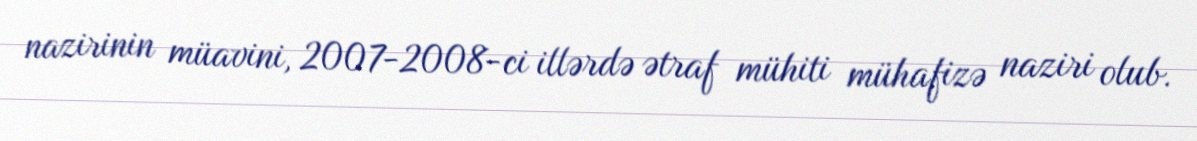
nazirinin müavini, 2007-2008-ci illərdə ətraf mühiti mühafizə naziri olub.